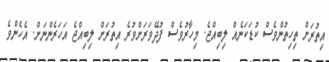
އިތުރަށް ތިހިތުންވެސް ކުޑަކަނެއް ލިބިއްޖެ. މިހާރުވެސް ފުދޭވަރަށްވުރެ އިތުރަށް ލިބިއްޖެ އަހަރެންނަށް. އެހެންވެ